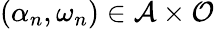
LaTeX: (\alpha_{n},\omega_{n})\in\mathcal{A}\times\mathcal{O}